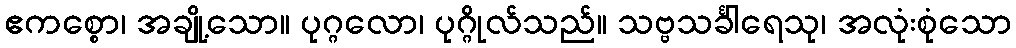
ဧကစ္စော၊ အချို့သော။ ပုဂ္ဂလော၊ ပုဂ္ဂိုလ်သည်။ သဗ္ဗသင်္ခါရေသု၊ အလုံးစုံသော